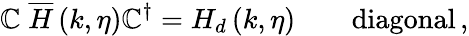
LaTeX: \mathbb{C}\; \overline{{{{H}}}}\left(k,\eta\right)\mathbb{C}^{\dagger}=H_{d}\left(k,\eta\right)\qquad\mathrm{{diagonal}}\, ,